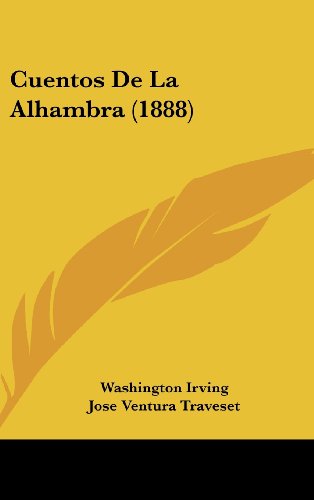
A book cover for Cuentos De La Alhambra (1888) (Spanish Edition); Washington Irving; Literature & Fiction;